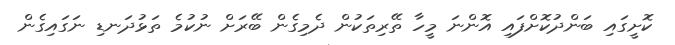
ކޮށީގައި ބަންދުކޮށްފައި އޮންނަ މީހާ ތޭރިތަކުން ދެމިގެން ބޭރަށް ނުކުމެ ތަޅުދަނޑި ނަގައިގެން